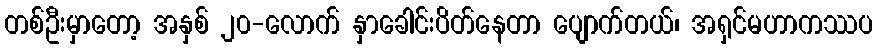
တစ်ဦးမှာတော့ အနှစ် ၂၀-လောက် နှာခေါင်းပိတ်နေတာ ပျောက်တယ်၊ အရှင်မဟာကဿပ